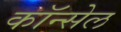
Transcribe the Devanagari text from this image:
कॉन्सेल